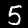
Label: 5